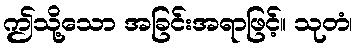
ဤသို့သော အခြင်းအရာဖြင့်။ သုတံ၊